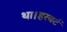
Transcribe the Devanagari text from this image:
था।हरबर्ट